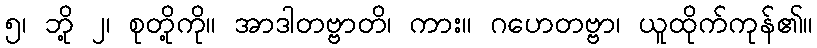
၅၊ ဘို့ ၂၊ စုတို့ကို။ အာဒါတဗ္ဗာတိ၊ ကား။ ဂဟေတဗ္ဗာ၊ ယူထိုက်ကုန်၏။